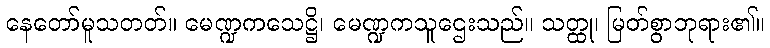
နေတော်မူသတတ်။ မေဏ္ဍကသေဋ္ဌိ၊ မေဏ္ဍကသူဌေးသည်။ သတ္ထု၊ မြတ်စွာဘုရား၏။